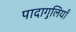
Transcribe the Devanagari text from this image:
पादागुलियाँ